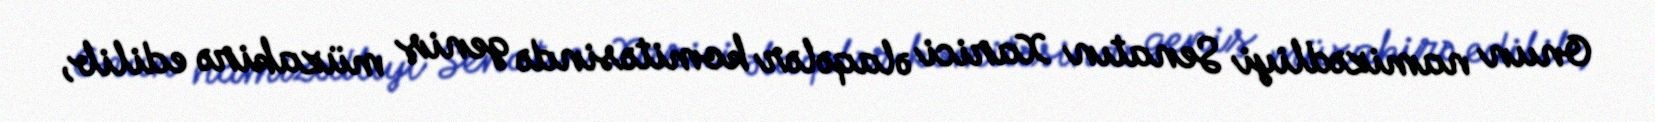
Onun namizədliyi Senatın Xarici əlaqələr komitəsində geniş müzakirə edilib,